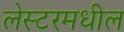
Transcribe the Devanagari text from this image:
लेस्टरमधील